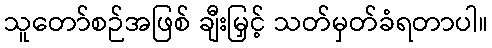
သူတော်စဉ်အဖြစ် ချီးမြှင့် သတ်မှတ်ခံရတာပါ။